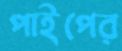
পাইপের